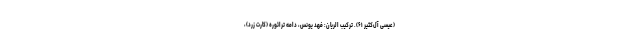
(عیسی آل‌کثیر ۶۱). ترکیب الریان: فهد یونس، دامه ترائوره (کارت زرد)،